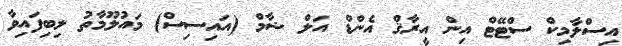
އިސްލާމިކް ސްޓޭޓް އިން އީރާޤް އެންޑް އަލް ޝާމް (އައިސިސް) މައުލޫމާތު ލިބިފައިވާ